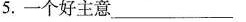
5.一个好主意___